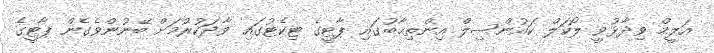
އަލީމް ވިދާޅުވީ ލޯކަލް ކައުންސިލް އިންތިޚާބުގައި ޕާޓީގެ ޓިކެޓުގައި ވާދަކުރުމަށް ބޭނުންވެގެން ޕާޓީގެ